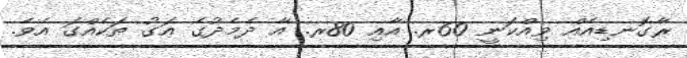
ރާގޮނޑިއެއް ވިއްކަނީ 60ރ. އާއި 80ރ. އާ ދެމެދުގެ އަގު ތަކެއްގަ އެވެ.